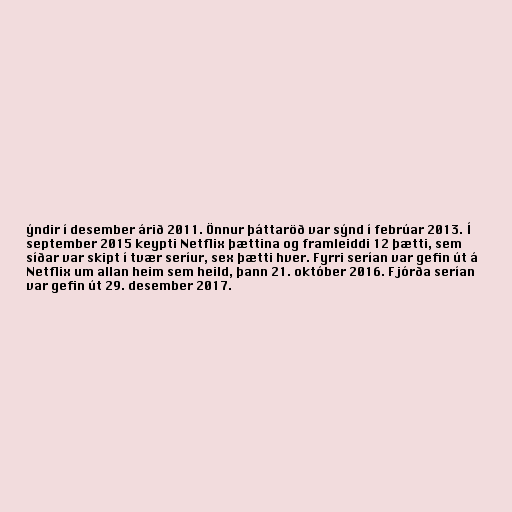
ýndir í desember árið 2011. Önnur þáttaröð var sýnd í febrúar 2013. Í
september 2015 keypti Netflix þættina og framleiddi 12 þætti, sem
síðar var skipt í tvær seríur, sex þætti hver. Fyrri serían var gefin út á
Netflix um allan heim sem heild, þann 21. október 2016. Fjórða serían
var gefin út 29. desember 2017.